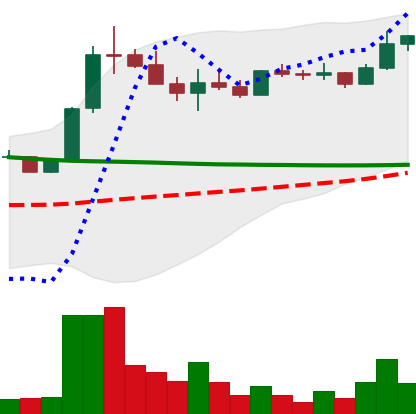
Ticker: ETC-USD
Chart end date: 2022-08-12
Forward return: -7.476%
Label: down_7plus